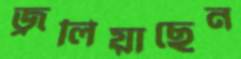
জ্বলিয়াছেন